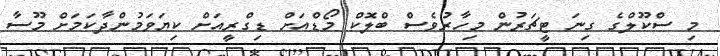
މި ސްކޫލްގެ ގިނަ ޓީޗަރުން މިހާރުވެސް ބްލޮކް މޯޑްއަށް ޑިގްރީއަށް ކިޔަވަމުންދާކަމަށް މޫސާ